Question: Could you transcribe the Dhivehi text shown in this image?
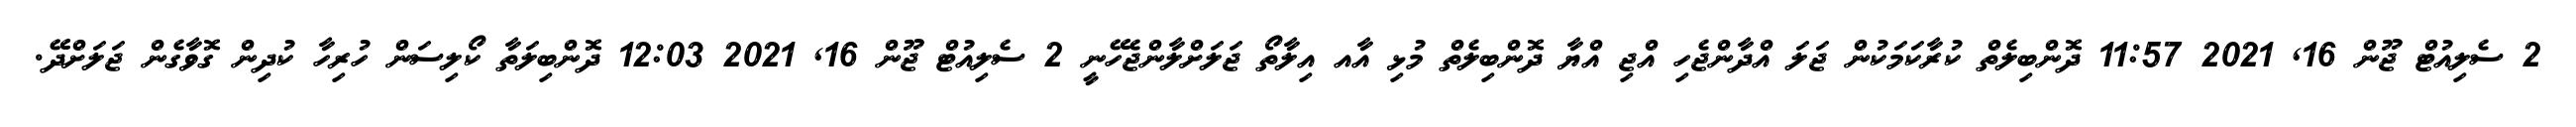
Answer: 2 ސެލިއުޓް ޖޫން 16, 2021 11:57 ދޮންބިލެތް ކުރާކަމަކުން ޖަލަ އްދާންޖެހި އްޖި އްޔާ ދޮންބިލެތް މުޅި އާއ އިލާތޯ ޖަލަށްލާންޖެހޭނީ 2 ސެލިއުޓް ޖޫން 16, 2021 12:03 ދޮންބިލަތާ ކޯލިސަން ހުރިހާ ކުދިން ގޮވާގެން ޖަލަށްދޭ.